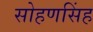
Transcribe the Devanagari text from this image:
सोहणसिंह